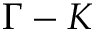
\Gamma - K